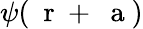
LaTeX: \psi(\mathrm{~\mathbf~r~}+{\mathrm{~\mathbf~a~}})